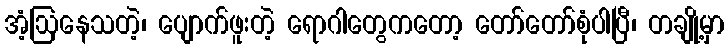
အံ့ဩနေသတဲ့၊ ပျောက်ဖူးတဲ့ ရောဂါတွေကတော့ တော်တော်စုံပါပြီ၊ တချို့မှာ